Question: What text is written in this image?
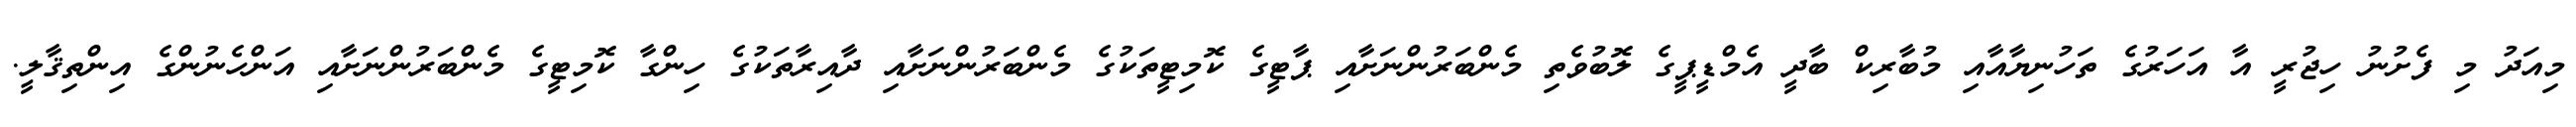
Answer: މިއަދު މި ފެށުނު ހިޖުރީ އާ އަހަރުގެ ތަހުނިޔާއާއި މުބާރިކް ބާދީ އެމްޑީޕީގެ ލޮބުވެތި މެންބަރުންނަށާއި ޕާޓީގެ ކޮމިޓީތަކުގެ މެންބަރުންނަށާއި ދާއިރާތަކުގެ ހިންގާ ކޮމިޓީގެ މެންބަރުންނަށާއި އަންހެނުންގެ އިންތިޤާލީ.